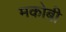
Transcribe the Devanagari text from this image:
मकोबी